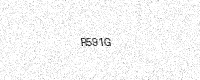
Text: R591G